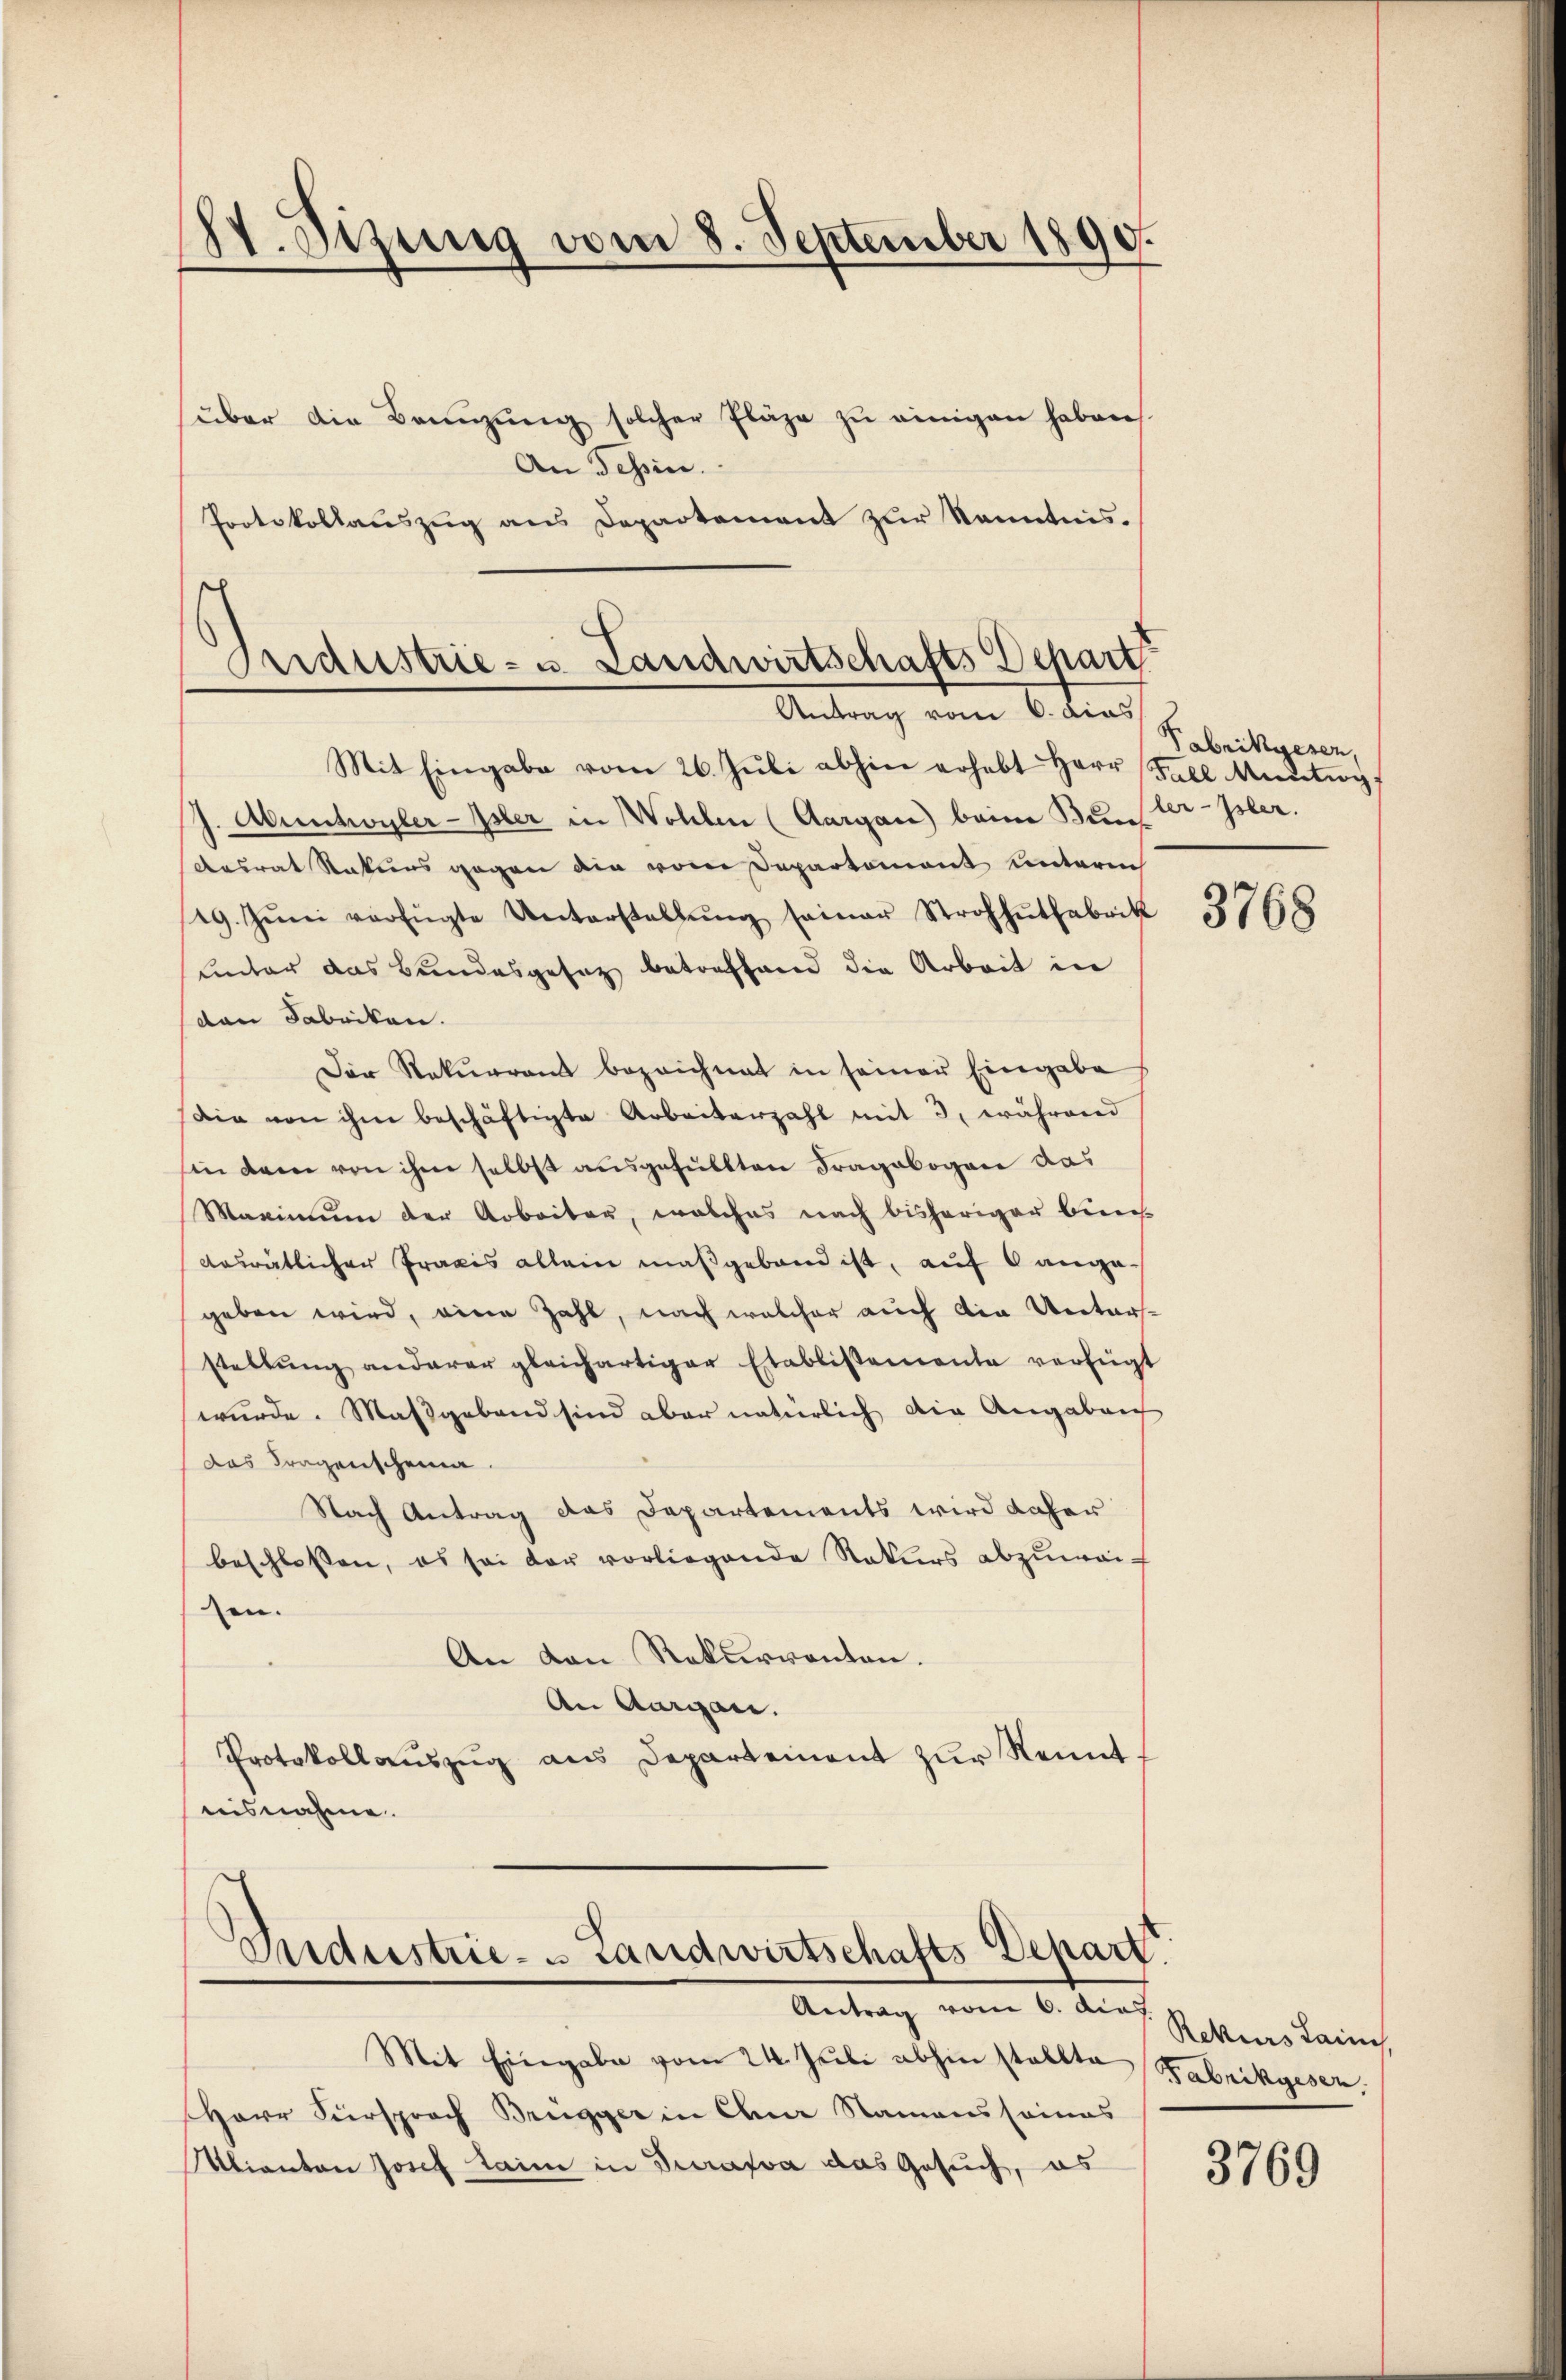
IV. Dizung vom 8. September 1890.

(über die Bannzung solcher Pläze zu einigen haben
An Tessin.
Protokollaŭszŭg ans Departement zŭr Kenntnis.

Oridustrie- u. Landwirtschafts Depart
Antrag vom 6. dies

Mit Eingabe vom 26. Jŭli abhin erhebt Herr Fall Meŭtig
J. Abenhoyler-Isler in Wohlen (Aargau) beim Bund
Ansrat Status gegen die von Departement unterm
19. Jŭni verfügte Unterstellŭng seiner Strohhŭtfabrik
unter das Bundesgesag betreffend die Arbeit in
den Fabriken.
Der Rekurrent bezeichnet in seiner Eingabe
Die von ihm beschäftigte Arbeiterzahl mit 3, während
sin dem von ihm selbst ausgefüllten Fragebogen das
Maximum der Arbeiter, welches nach bisheriger biens
desrätlicher Praxis allein maßgeband ist, auf 6 ange-
geben wird, eine Zahl, nach welcher auch die Untersstellŭng anderer gleichartiger Etablissemente verfügt
wurde. Maßgeband sind aber natürlich die Angabeich
das Fragenscheina
Nach Antrag das Departements wird daher
beschlossen, es sei der vorliegende Rekurs abzuweisen.
An von Rekurrenten.
An Aargau.
Protokollauszug aus Departement zur Kennt.
nisnahme.

Industrie- & Landwirtschafts Depart
Antrag vom 6. die Sittens kann,

Mit Eingabe vom 24. Juli abhin stellte Fabrikgesen,
Herr Fürsprach Brügger in Chur Namens seines
Mlianton Josef Laim in Durafva das Gesuch, es

Pabrikgesen,
ler-Isler.

3768

3769